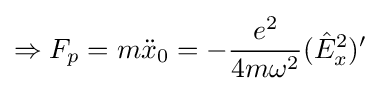
\Rightarrow F_{p}=m{\ddot {x}}_{0}=-{\frac {e^{2}}{4m\omega ^{2}}}({\hat {E}}_{x}^{2})'